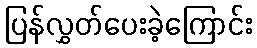
ပြန်လွှတ်ပေးခဲ့ကြောင်း